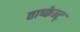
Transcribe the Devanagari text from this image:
ताष्केन्ट्